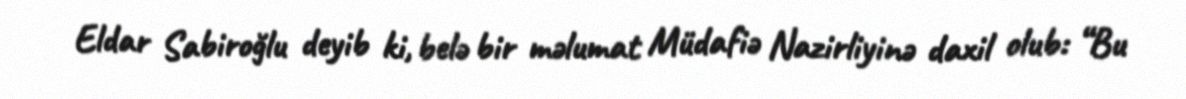
Eldar Sabiroğlu deyib ki, belə bir məlumat Müdafiə Nazirliyinə daxil olub: “Bu